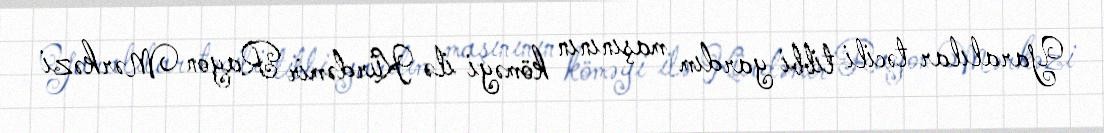
Yaralılar təcili tibbi yardım maşınının köməyi ilə Kürdəmir Rayon Mərkəzi